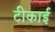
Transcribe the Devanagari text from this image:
टीकाई